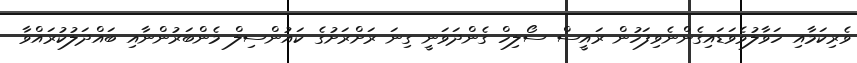
ވެރިކަމާއި ހަވާލުވެވަޑައިގެންނެވިފަހުން ރައީސް ސޯލިހް ގެންދަވަނީ ގިނަ ރަށްރަށުގެ ކައުންސިލް މެންބަރުންނާއި ބައްދަލުކުރައްވާ